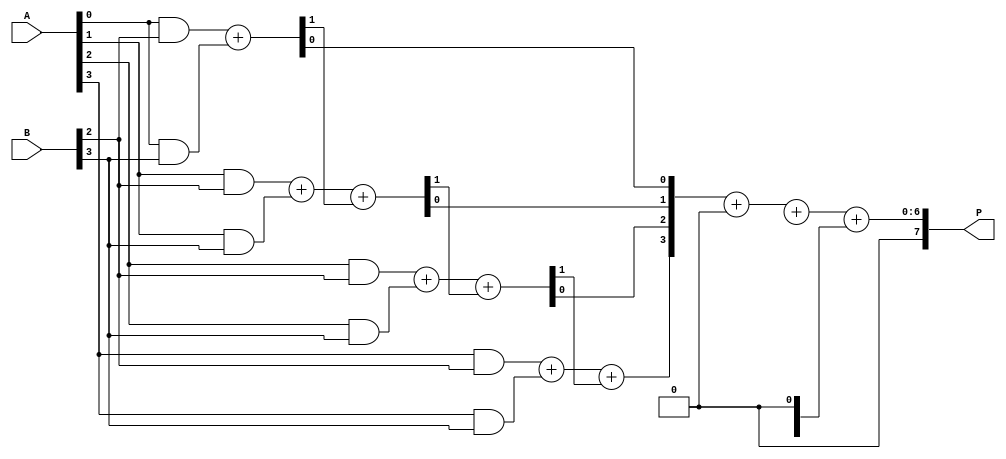
module wallace_tree_multiplier #(parameter N = 4) (
    input [N-1:0] A,
    input [N-1:0] B,
    output reg [2*N-1:0] P
);

    // Partial Product Generation
    wire [N-1:0] pp [N-1:0]; // Partial products
    genvar i, j;
    generate
        for (i = 0; i < N; i = i + 1) begin : pp_gen
            for (j = 0; j < N; j = j + 1) begin : pp_bit
                assign pp[i][j] = A[j] & B[i];
            end
        end
    endgenerate

    // Wallace Tree Reduction
    wire [N-1:0] sum [N-1:0]; // Sums
    wire [N-1:0] carry [N-1:0]; // Carries
    wire [N-1:0] final_sum;
    wire [N-1:0] final_carry;

    // Stage 1: Combine partial products
    generate
        for (i = 0; i < N; i = i + 1) begin : stage1
            if (i < N-1) begin
                // Half Adder for first two bits
                assign {carry[i][0], sum[i][0]} = pp[i][0] + pp[i+1][0];
                // Full Adders for remaining bits
                for (j = 1; j < N; j = j + 1) begin
                    assign {carry[i][j], sum[i][j]} = pp[i][j] + pp[i+1][j] + carry[i][j-1];
                end
            end else begin
                // Last row of partial products
                assign sum[i] = pp[i];
                assign carry[i] = 0;
            end
        end
    endgenerate

    // Stage 2: Further reduction
    wire [N-1:0] stage2_sum [N-1:0];
    wire [N-1:0] stage2_carry [N-1:0];

    generate
        for (i = 0; i < N-1; i = i + 1) begin : stage2
            if (i < N-2) begin
                assign {stage2_carry[i][0], stage2_sum[i][0]} = sum[i][0] + sum[i+1][0];
                for (j = 1; j < N; j = j + 1) begin
                    assign {stage2_carry[i][j], stage2_sum[i][j]} = sum[i][j] + sum[i+1][j] + stage2_carry[i][j-1];
                end
            end else begin
                assign stage2_sum[i] = sum[i];
                assign stage2_carry[i] = 0;
            end
        end
    endgenerate

    // Final Addition
    wire [2*N-1:0] final_add;
    assign final_add = {1'b0, stage2_sum[N-2]} + {1'b0, stage2_carry[N-2]} + {1'b0, stage2_sum[N-1]} + {1'b0, stage2_carry[N-1]};

    // Output the final product
    always @(*) begin
        P = final_add;
    end

endmodule